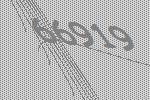
66919